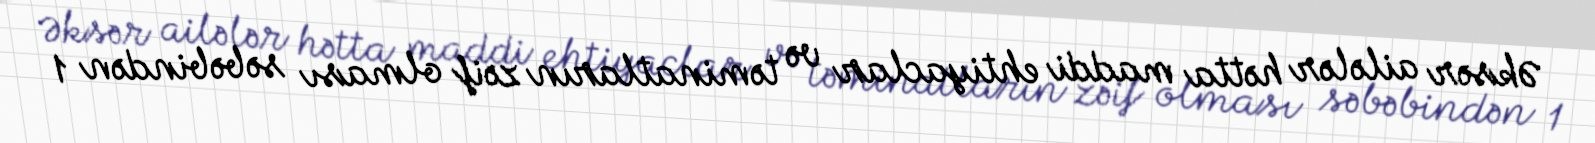
Əksər ailələr hətta maddi ehtiyaclar və təminatların zəif olması səbəbindən 1